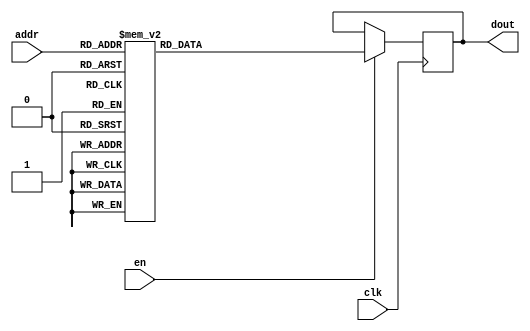
`timescale 1ns / 1ps
/*
Copyright
All right reserved.
Module Name: rom_syn
Author  : Zichuan Liu, Yixing Li and Wenye Liu.
Description:
A synthesized ROM: ROM_DEP x ROM_WID
*/
module EC_3_REF_SOFT_ROM_2(
// inputs
clk,
en,
addr,
// outputs
dout
);
localparam ROM_WID = 14;
localparam ROM_DEP = 128;
localparam ROM_ADDR = 7;
// input definition
input clk;
input en;
input [ROM_ADDR-1:0] addr;
// output definition
output [ROM_WID-1:0] dout;
reg [ROM_WID-1:0] data;
always @(posedge clk)
begin
if (en) begin
case(addr)
		7'd0: data <= 14'b01001010011001;
		7'd1: data <= 14'b01001011101100;
		7'd2: data <= 14'b01001011001011;
		7'd3: data <= 14'b01001011100101;
		7'd4: data <= 14'b01001010101000;
		7'd5: data <= 14'b01001001001000;
		7'd6: data <= 14'b01001100000110;
		7'd7: data <= 14'b01001100010011;
		7'd8: data <= 14'b01001100010111;
		7'd9: data <= 14'b01001000010011;
		7'd10: data <= 14'b01001100001000;
		7'd11: data <= 14'b01001001111111;
		7'd12: data <= 14'b01001010010111;
		7'd13: data <= 14'b01001100000100;
		7'd14: data <= 14'b01001100011101;
		7'd15: data <= 14'b01001011010011;
		7'd16: data <= 14'b01001101111011;
		7'd17: data <= 14'b01001100100011;
		7'd18: data <= 14'b01001011111010;
		7'd19: data <= 14'b01001100100110;
		7'd20: data <= 14'b01001100001101;
		7'd21: data <= 14'b01001011010000;
		7'd22: data <= 14'b01001010100101;
		7'd23: data <= 14'b01001000011110;
		7'd24: data <= 14'b01001011110011;
		7'd25: data <= 14'b01001000111100;
		7'd26: data <= 14'b01001011110101;
		7'd27: data <= 14'b01001100000011;
		7'd28: data <= 14'b01001100101000;
		7'd29: data <= 14'b01001100000001;
		7'd30: data <= 14'b01001010011111;
		7'd31: data <= 14'b01001100000110;
		7'd32: data <= 14'b01001100000010;
		7'd33: data <= 14'b01001001111001;
		7'd34: data <= 14'b00101111100011;
		7'd35: data <= 14'b01001011001001;
		7'd36: data <= 14'b01001100001000;
		7'd37: data <= 14'b01001010000000;
		7'd38: data <= 14'b01001100000110;
		7'd39: data <= 14'b01001011001101;
		7'd40: data <= 14'b01001100100101;
		7'd41: data <= 14'b01001100001100;
		7'd42: data <= 14'b01001000011000;
		7'd43: data <= 14'b01001011010110;
		7'd44: data <= 14'b01001011100101;
		7'd45: data <= 14'b01001101000111;
		7'd46: data <= 14'b01001011000111;
		7'd47: data <= 14'b01001100000010;
		7'd48: data <= 14'b01001001110001;
		7'd49: data <= 14'b01001001001110;
		7'd50: data <= 14'b01001100100111;
		7'd51: data <= 14'b01001011001010;
		7'd52: data <= 14'b01001100010011;
		7'd53: data <= 14'b01001010110111;
		7'd54: data <= 14'b01001100101101;
		7'd55: data <= 14'b00110011000100;
		7'd56: data <= 14'b01001100000110;
		7'd57: data <= 14'b01001010001011;
		7'd58: data <= 14'b01001000100111;
		7'd59: data <= 14'b01000111011001;
		7'd60: data <= 14'b01001001111000;
		7'd61: data <= 14'b01001100111010;
		7'd62: data <= 14'b01001001001000;
		7'd63: data <= 14'b01001010011111;
		7'd64: data <= 14'b01001000000001;
		7'd65: data <= 14'b01001001111100;
		7'd66: data <= 14'b01001100100011;
		7'd67: data <= 14'b01001110001101;
		7'd68: data <= 14'b01001011101100;
		7'd69: data <= 14'b01001100001010;
		7'd70: data <= 14'b01001001101100;
		7'd71: data <= 14'b01001010011000;
		7'd72: data <= 14'b01001000110101;
		7'd73: data <= 14'b01000111101110;
		7'd74: data <= 14'b01001101010001;
		7'd75: data <= 14'b01001100011000;
		7'd76: data <= 14'b01001001000100;
		7'd77: data <= 14'b01000110011100;
		7'd78: data <= 14'b01001101011011;
		7'd79: data <= 14'b01001010100110;
		7'd80: data <= 14'b01001000000000;
		7'd81: data <= 14'b01001011000111;
		7'd82: data <= 14'b01001010010010;
		7'd83: data <= 14'b01001100011001;
		7'd84: data <= 14'b01001011111110;
		7'd85: data <= 14'b01001100001111;
		7'd86: data <= 14'b01001010100011;
		7'd87: data <= 14'b01001011101000;
		7'd88: data <= 14'b01001010110010;
		7'd89: data <= 14'b01001010011100;
		7'd90: data <= 14'b01001011100010;
		7'd91: data <= 14'b01001001011000;
		7'd92: data <= 14'b01001010011010;
		7'd93: data <= 14'b01001011001111;
		7'd94: data <= 14'b01000010010100;
		7'd95: data <= 14'b01001011111101;
		7'd96: data <= 14'b01001001110100;
		7'd97: data <= 14'b01000110100001;
		7'd98: data <= 14'b01001011010111;
		7'd99: data <= 14'b01001100100111;
		7'd100: data <= 14'b01001100000111;
		7'd101: data <= 14'b01001100101110;
		7'd102: data <= 14'b01001100000011;
		7'd103: data <= 14'b01001001100010;
		7'd104: data <= 14'b01001100111000;
		7'd105: data <= 14'b01001011111000;
		7'd106: data <= 14'b01001001001010;
		7'd107: data <= 14'b01000111110101;
		7'd108: data <= 14'b01001100000001;
		7'd109: data <= 14'b01001101000100;
		7'd110: data <= 14'b01001100001000;
		7'd111: data <= 14'b01001011101001;
		7'd112: data <= 14'b01001100010011;
		7'd113: data <= 14'b01001011000011;
		7'd114: data <= 14'b01001010011110;
		7'd115: data <= 14'b01001100111101;
		7'd116: data <= 14'b01001010011110;
		7'd117: data <= 14'b01001101000101;
		7'd118: data <= 14'b01001010100010;
		7'd119: data <= 14'b01001100010010;
		7'd120: data <= 14'b01001000111110;
		7'd121: data <= 14'b01001011110011;
		7'd122: data <= 14'b00111100001001;
		7'd123: data <= 14'b01001101101111;
		7'd124: data <= 14'b01001011010011;
		7'd125: data <= 14'b01000101111101;
		7'd126: data <= 14'b01001100101110;
		7'd127: data <= 14'b01001100001100;
		endcase
		end
	end
	assign dout = data;
endmodule